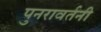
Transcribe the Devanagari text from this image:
पुनरावर्तनी